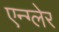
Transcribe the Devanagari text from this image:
एन्ग्लेर